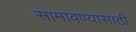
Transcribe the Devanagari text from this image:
सामावण्यासाठी